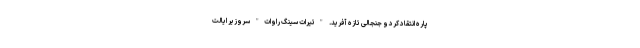
پاره انتقاد کرد و جنجالی تازه آفرید. "تیرات سینگ راوات" سروزیر ایالت